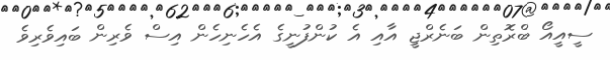
ސީއީއޯ ބްރޮތިން ބަނެރްޖީ އާއި އެ ކުންފުނީގެ އެހެނިހެން އިސް ވެރިން ބައިވެރިވެ